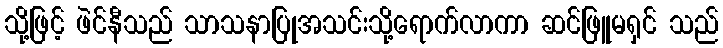
သို့ဖြင့် ဖဲင်နီသည် သာသနာပြုအသင်းသို့ရောက်လာကာ ဆင်ဖြူမရှင် သည်